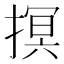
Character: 㨠